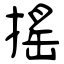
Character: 搖